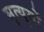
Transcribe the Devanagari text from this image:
मृत्युयों